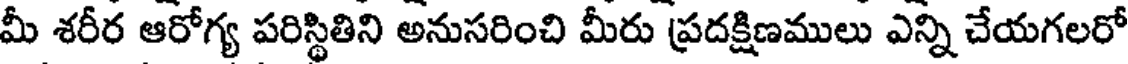
మీ శరీర ఆరోగ్య పరిస్థితిని అనుసరించి మీరు ప్రదక్షిణములు ఎన్ని చేయగలరో